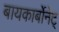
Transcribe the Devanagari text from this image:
बायकार्बोनेट्